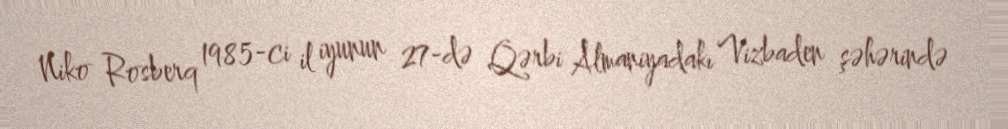
Niko Rosberq 1985-ci il iyunun 27-də Qərbi Almaniyadakı Vizbaden şəhərində